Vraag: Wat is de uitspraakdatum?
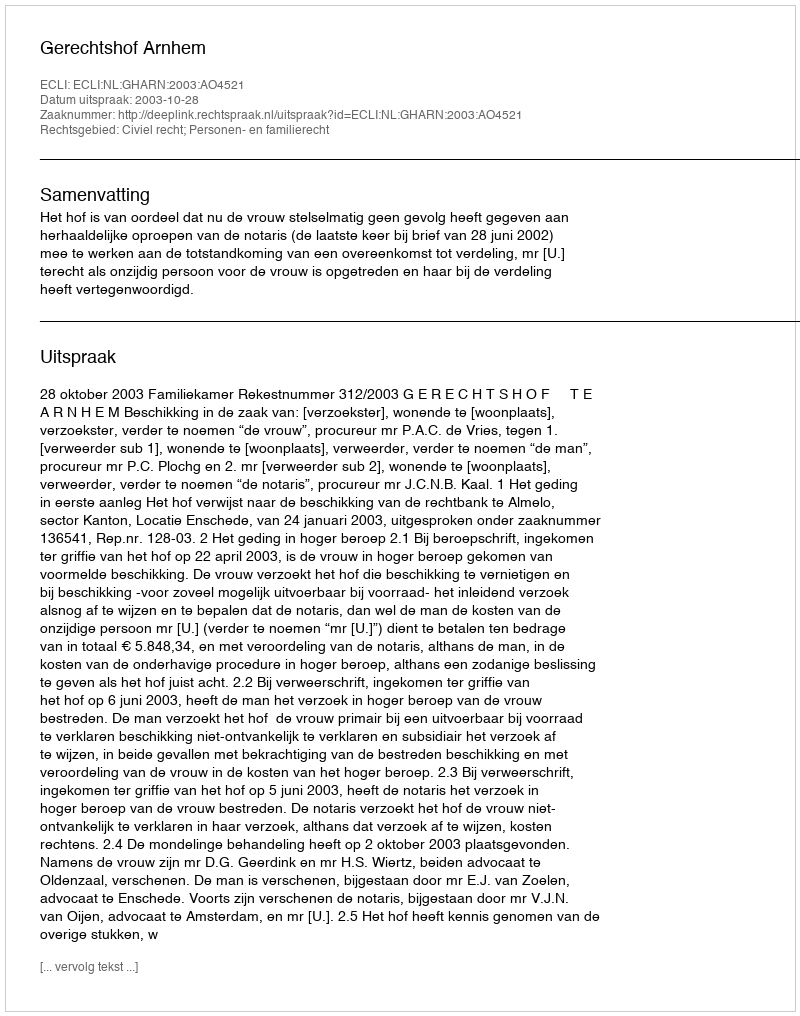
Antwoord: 2003-10-28